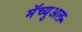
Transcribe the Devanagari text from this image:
मॅच्युअल